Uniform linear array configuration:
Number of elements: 12
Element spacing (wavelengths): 0.5
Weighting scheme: exponential
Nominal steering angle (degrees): -45
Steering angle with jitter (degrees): -44.237
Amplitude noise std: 0.05
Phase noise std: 0.05

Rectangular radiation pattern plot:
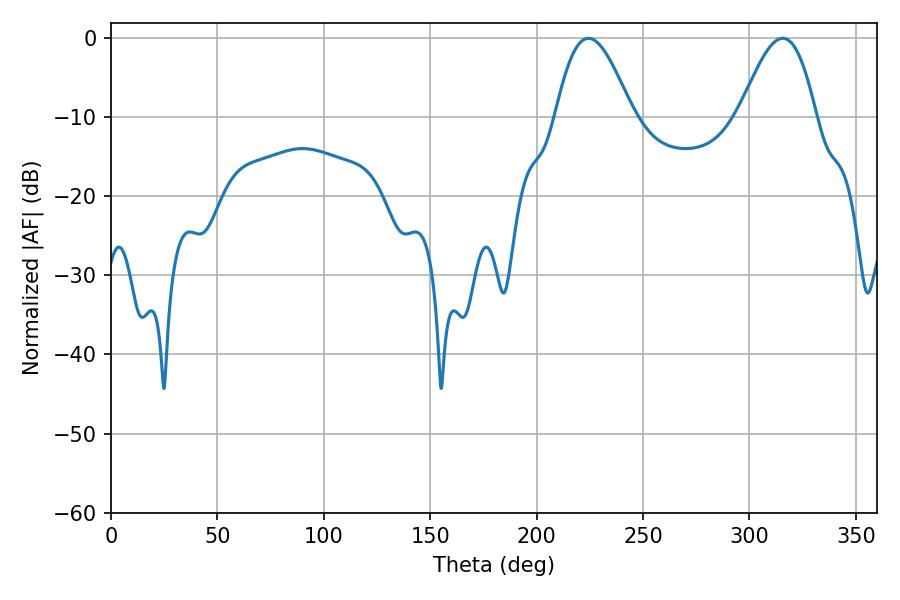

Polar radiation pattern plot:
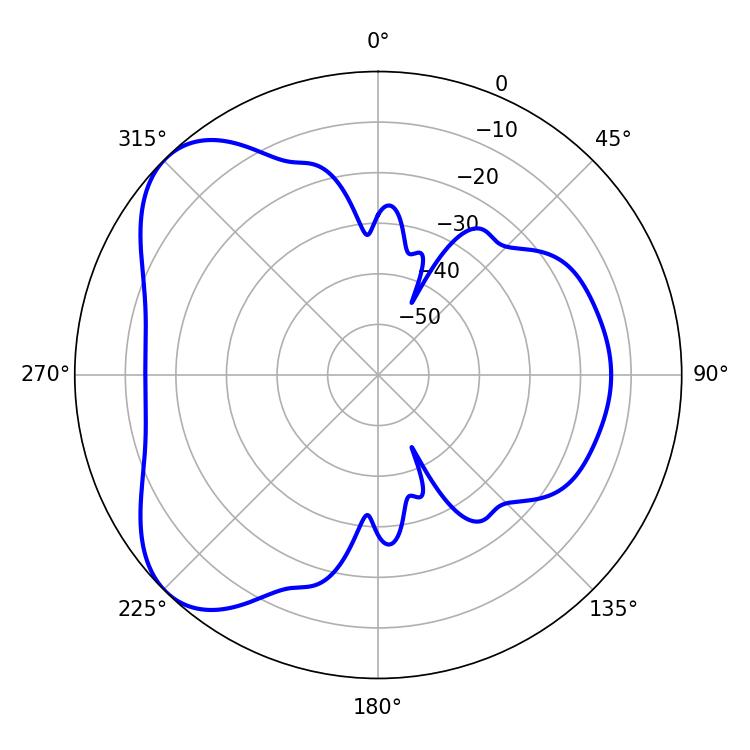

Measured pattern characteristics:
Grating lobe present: FALSE
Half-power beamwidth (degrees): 19.44
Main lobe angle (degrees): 224.28